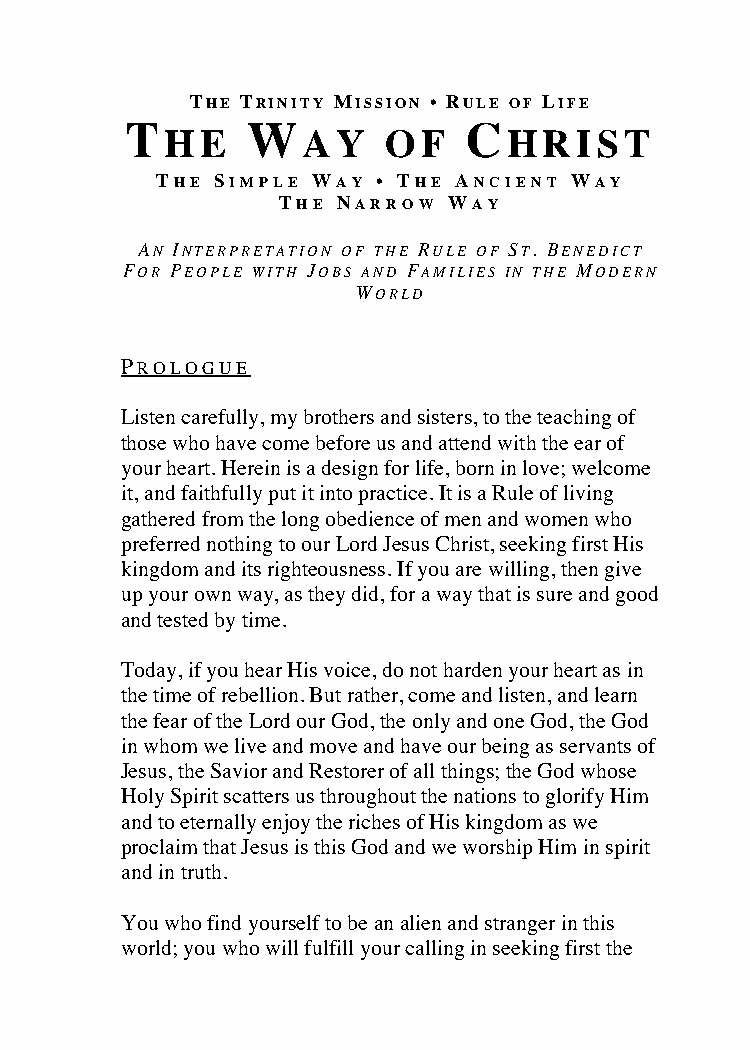
THE TRINITY MISSION • RULE OF LIFE
 T       W              C
 HE       AY   OF       HRIST
 THE SIMPLE WAY • THE ANCIENT WAY
 THE NARROW  WAY
 AN INTERPRETATION OF THE RULE OF ST. BENEDICT
 FOR PEOPLE WITH JOBS AND FAMILIES IN THE MODERN
 WORLD
 PROLOGUE
 Listen carefully, my brothers and sisters, to the teaching of
 those who have come before us and attend with the ear of
 your heart. Herein is a design for life, born in love; welcome
 it, and faithfully put it into practice. It is a Rule of living
 gathered from the long obedience of men and women who
 preferred nothing to our Lord Jesus Christ, seeking first His
 kingdom and its righteousness. If you are willing, then give
 up your own way, as they did, for a way that is sure and good
 and tested by time.
 Today, if you hear His voice, do not harden your heart as in
 the time of rebellion. But rather, come and listen, and learn
 the fear of the Lord our God, the only and one God, the God
 in whom we live and move and have our being as servants of
 Jesus, the Savior and Restorer of all things; the God whose
 Holy Spirit scatters us throughout the nations to glorify Him
 and to eternally enjoy the riches of His kingdom as we
 proclaim that Jesus is this God and we worship Him in spirit
 and in truth.
 You who find yourself to be an alien and stranger in this
 world; you who will fulfill your calling in seeking first the